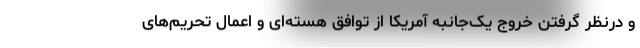
و درنظر گرفتن خروج یک‌جانبه آمریکا از توافق هسته‌ای و اعمال تحریم‌های